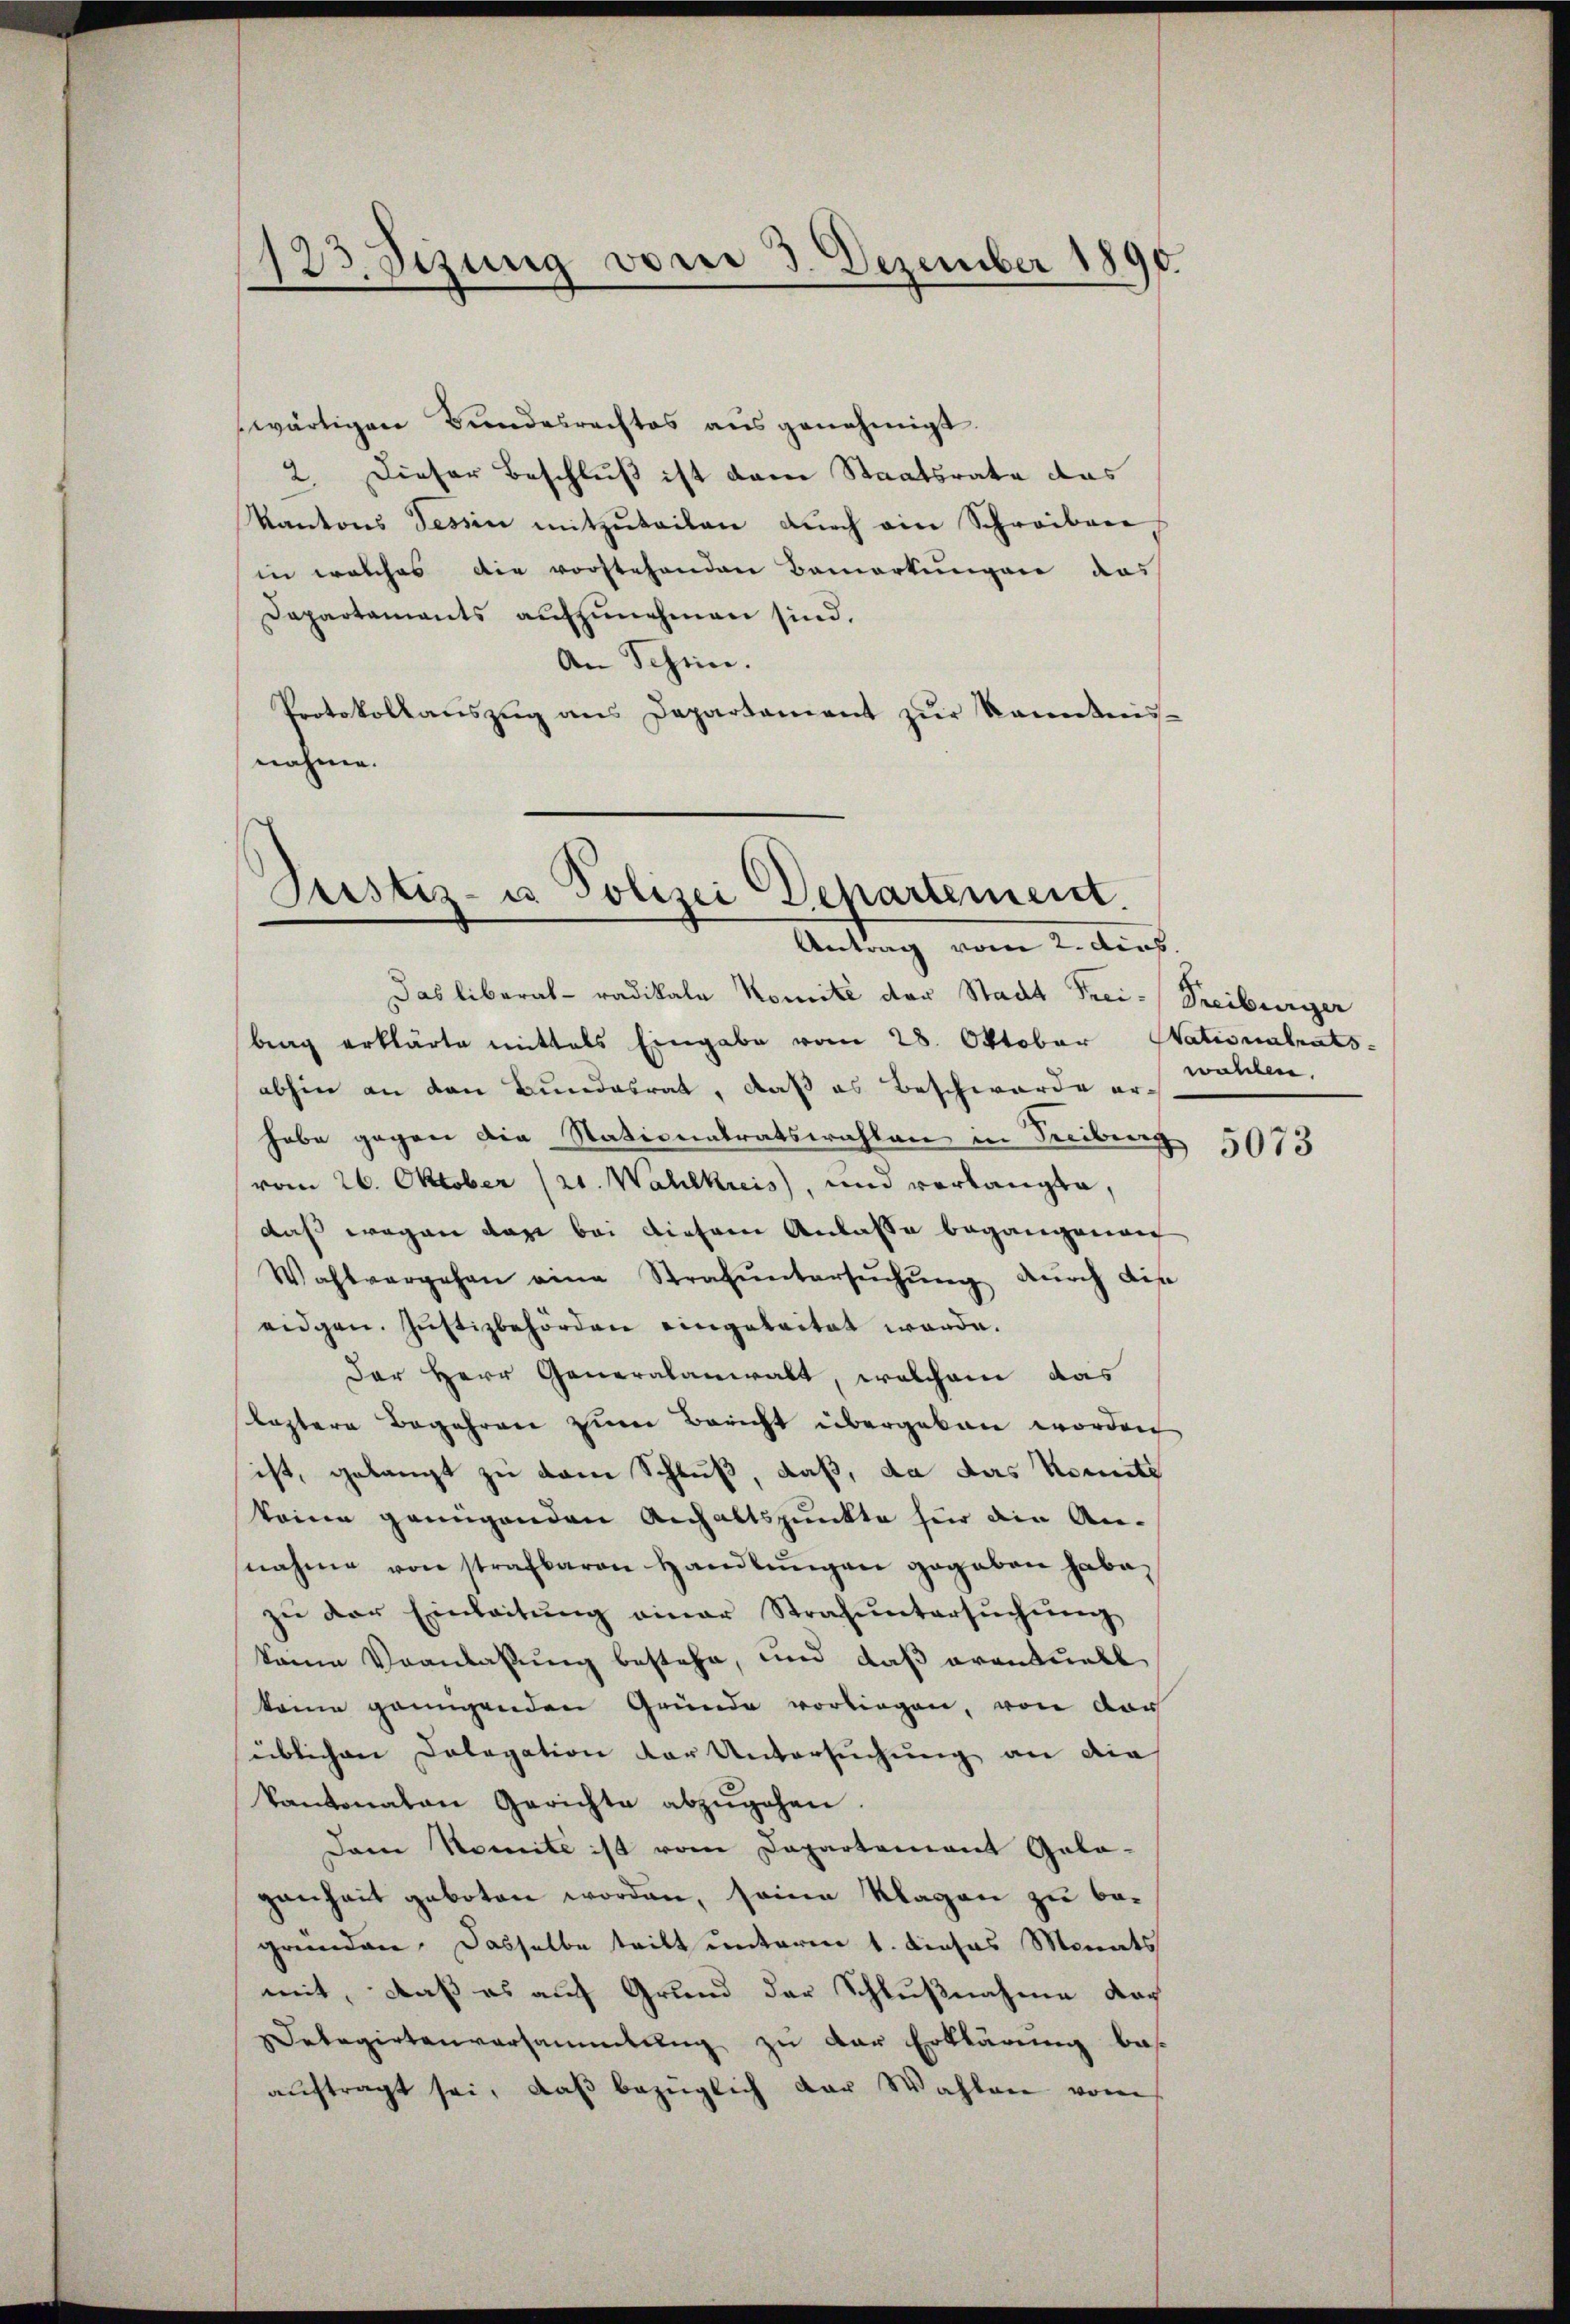
123. Sizung vom 3. Dezember 1890.

swärtigen Bundesrechtes ausgenehmigt.
2. Dieser Beschluß ist dem Staatsrate das
Kantons Tessin mitzŭteilen dŭrch ein Schreiben
in welches die vorstehenden Bemerkungen das
Departaments aufzunehmen sind.
An Schrei.
Protokollauszug aus Departement zur Kenntnis-
nahme.

Justiz- u Polizei Departement
Antrag vom 2. Aug.

Das liberal- radikale Komité der Stadt Frei- Treiburger
brag erklärte mittels Eingabe vom 28. Oktober Nationalrats-
abhin an den Bundesrat, daß es Beschwerde erhabe gegen die Nationatratswahlen in Treiburg
vom 26. Oktober (21. Wahlkreis, und verlangte,
daß wegen das bei diesem Anlasse begangende
Wahlvergehen eine Strafŭntersŭchŭng dŭrch die
eidgen. Justizbehörden eingeleitet werde.
Der Herr Generalanwalt, welchem das
leztere Begehren zum Bericht übergeben worden
ist, gelangt zu vom Schluß, daß, da das Komitz
keine genügenden Anhaltspunkte für die An-
nahme von strafbaren Handlŭngen gegeben habe,
zŭ der Einleitŭng einer Strafŭntersŭchŭng
keine Veanlassung bestehe, und daß eventuell
keine genügenden Gründe vorliegen, von dar
üblichen Cologation der Untersuchung an dies
kantonalen Gerichte abzŭgehen.
Dem Nomite ist vom Departement Gala-
ganheit geboten worden, seine Klagen zu begründen. Dasselbe tritt unterm 1. dieses Monats
mit, daß es auf Grund der Schlußnahme doch
Delegirtenversammlung zu der Erklärung bes
aŭftragt sei, daβ bezüglich der Wahlen vors

walchen.

5073